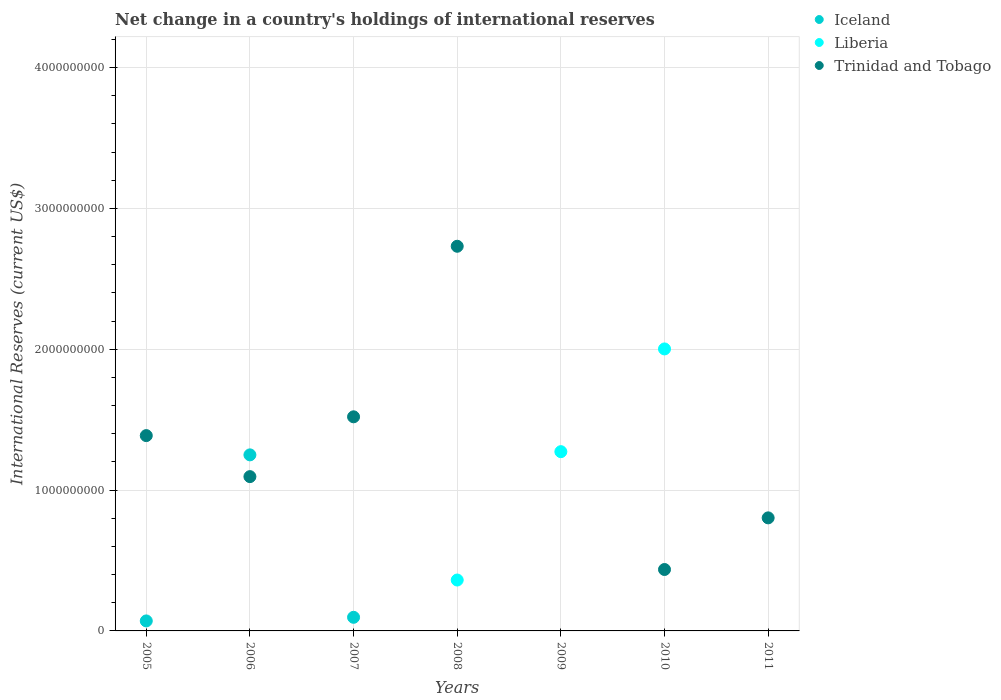
| Years | Iceland | Liberia | Trinidad and Tobago |
 | --- | --- | --- | --- |
 | 2005 | 7.1e+07 | -1.86e+08 | 1.39e+09 |
 | 2006 | 1.25e+09 | -3.8e+08 | 1.1e+09 |
 | 2007 | 9.67e+07 | -3.57e+08 | 1.52e+09 |
 | 2008 | -3.49e+09 | 3.61e+08 | 2.73e+09 |
 | 2009 | -2.71e+10 | 1.27e+09 | -6.74e+08 |
 | 2010 | -2.03e+10 | 2e+09 | 4.36e+08 |
 | 2011 | -1.39e+10 | -2.91e+08 | 8.03e+08 |